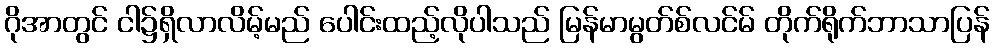
ဂိုအာတွင် ငါ၌ရှိလာလိမ့်မည် ပေါင်းထည့်လိုပါသည် မြန်မာမွတ်စ်လင်မ် တိုက်ရိုက်ဘာသာပြန်